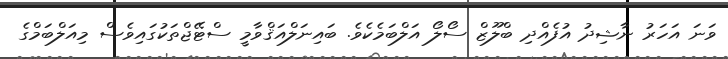
ވަނަ އަހަރު ނާޝިދު އުފެއްދި ބްލޫޒް ސޯލޯ އަލްބަމެކެވެ. ބައިނަލްއަޤްވާމީ ސްޓޭޖްތަކުގައިވެސް މިއަލްބަމްގެ